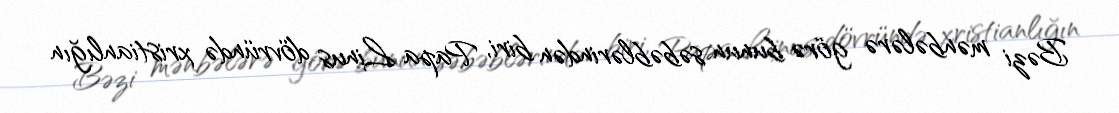
Bəzi mənbələrə görə bunun səbəblərindən biri, Papa Linus dövründə xristianlığın